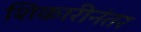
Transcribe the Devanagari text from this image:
शिकारीनंतर